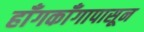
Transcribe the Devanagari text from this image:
हाँगकाँगापासून